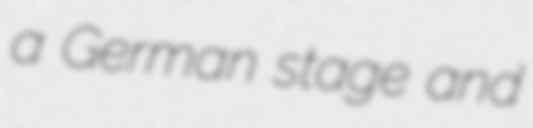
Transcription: a German stage and